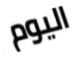
اليوم